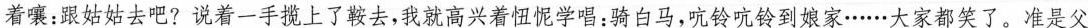
着嚷:跟姑姑去吧?说着一手揽上了鞍去,我就高兴着忸怩学唱:骑白马,吭铃吭铃到娘家…….大家都笑了。准是父